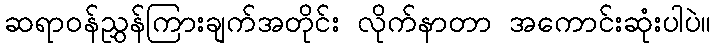
ဆရာဝန်ညွှန်ကြားချက်အတိုင်း လိုက်နာတာ အကောင်းဆုံးပါပဲ။